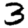
Digit: 3